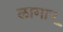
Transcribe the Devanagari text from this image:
लागाए